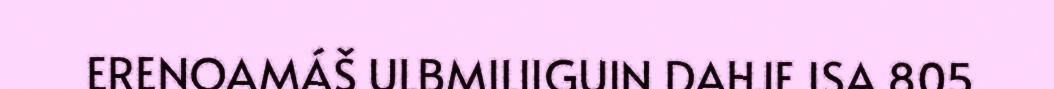
ERENOAMÁŠ ULBMILIIGUIN DAHJE ISA 805